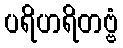
ပရိဟရိတဗ္ဗံ